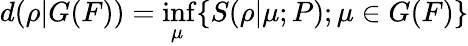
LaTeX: d(\rho|G(F))=\operatorname*{inf}_{\mu}\{ S(\rho|\mu;P);\mu\in G(F)\}